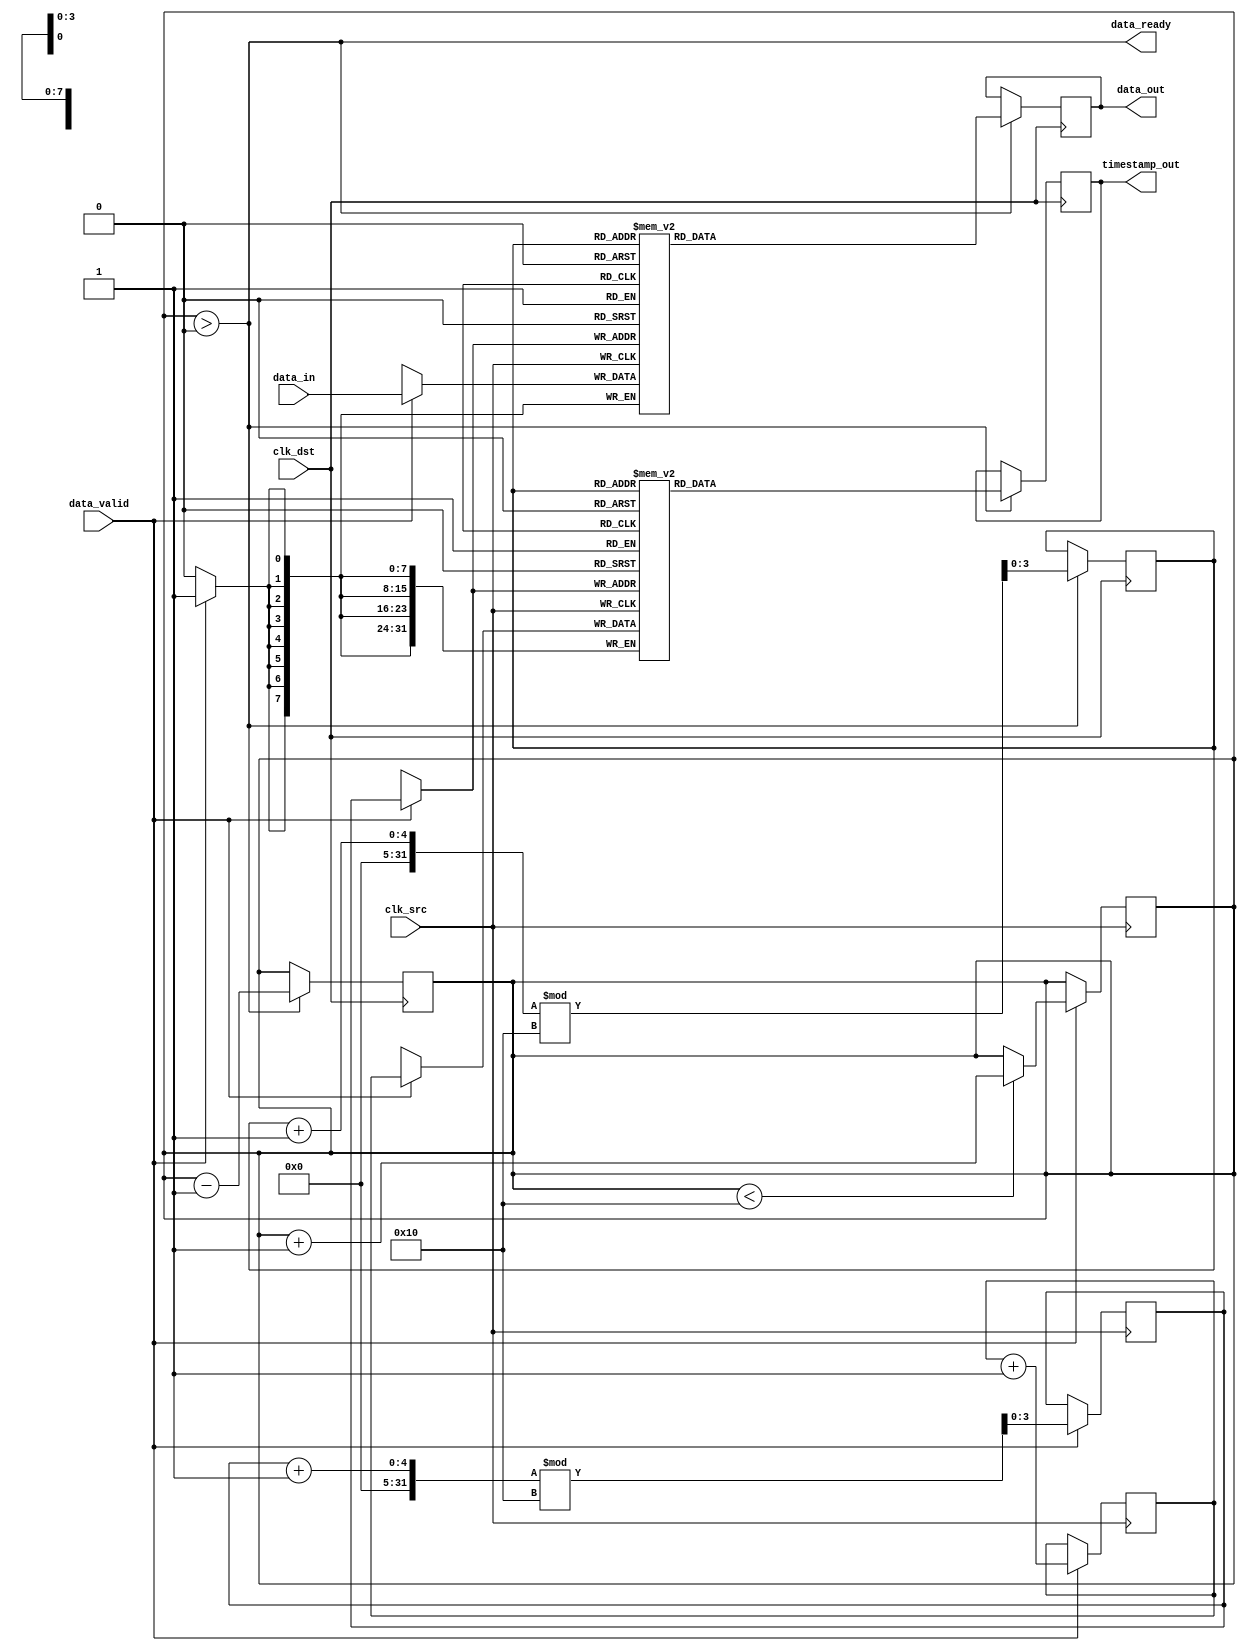
module timestamped_synchronizer #(
    parameter DATA_WIDTH = 8,
    parameter TIMESTAMP_WIDTH = 32,
    parameter FIFO_DEPTH = 16
)(
    input wire clk_src,                     // Source clock
    input wire clk_dst,                     // Destination clock
    input wire [DATA_WIDTH-1:0] data_in,   // Input data
    input wire data_valid,                  // Data valid signal
    output reg [DATA_WIDTH-1:0] data_out,  // Output data
    output reg [TIMESTAMP_WIDTH-1:0] timestamp_out, // Output timestamp
    output wire data_ready                  // Data ready signal
);

    // Dual-Port Memory for storing data and timestamps
    reg [DATA_WIDTH-1:0] mem_data [0:FIFO_DEPTH-1];
    reg [TIMESTAMP_WIDTH-1:0] mem_timestamp [0:FIFO_DEPTH-1];
    reg [3:0] write_pointer = 0;           // Write pointer
    reg [3:0] read_pointer = 0;            // Read pointer
    reg [3:0] count = 0;                   // FIFO count

    // Timestamp generation
    reg [TIMESTAMP_WIDTH-1:0] timestamp_counter = 0;

    // Synchronization logic
    reg [DATA_WIDTH-1:0] fifo_data_out;
    reg [TIMESTAMP_WIDTH-1:0] fifo_timestamp_out;
    reg fifo_empty = 1;

    // Capture data and timestamp on source clock
    always @(posedge clk_src) begin
        if (data_valid) begin
            mem_data[write_pointer] <= data_in;
            mem_timestamp[write_pointer] <= timestamp_counter;
            write_pointer <= (write_pointer + 1) % FIFO_DEPTH;
            if (count < FIFO_DEPTH) begin
                count <= count + 1;
            end
            timestamp_counter <= timestamp_counter + 1;
        end
    end

    // FIFO read logic on destination clock
    always @(posedge clk_dst) begin
        if (count > 0) begin
            data_out <= mem_data[read_pointer];
            timestamp_out <= mem_timestamp[read_pointer];
            read_pointer <= (read_pointer + 1) % FIFO_DEPTH;
            count <= count - 1;
            fifo_empty <= (count == 1);
        end
    end

    // Data ready signal
    assign data_ready = (count > 0);

endmodule